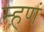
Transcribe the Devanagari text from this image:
म्हणं